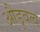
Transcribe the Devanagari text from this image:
औडुवत्व